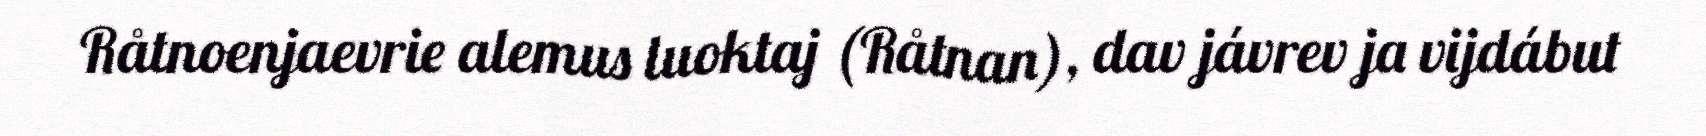
Råtnoenjaevrie alemus luoktaj (Råtnan), dav jávrev ja vijdábut